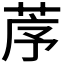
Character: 𦯅